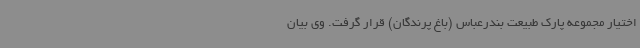
اختیار مجموعه پارک طبیعت بندرعباس (باغ پرندگان) قرار گرفت. وی بیان